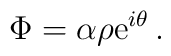
\Phi=\alpha\rho{\rm e}^{i\theta}\, .